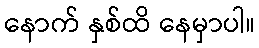
နောက် နှစ်ထိ နေမှာပါ။